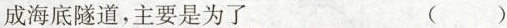
成海底隧道，主要是为了 ( )